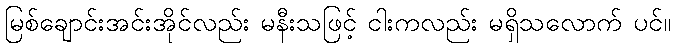
မြစ်ချောင်းအင်းအိုင်လည်း မနီးသဖြင့် ငါးကလည်း မရှိသလောက် ပင်။